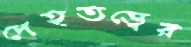
দেহতত্ত্বের